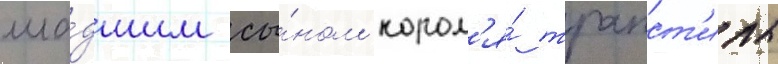
мла́дшим сы́ном корол'я́ трапст'илы